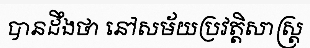
បានដឹងថា នៅសម័យប្រវត្តិសាស្ត្រ